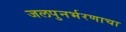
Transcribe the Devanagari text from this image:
जलपुनर्भरणाचा